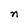
Character: n